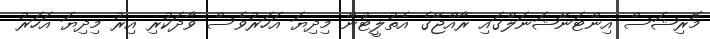
މޮރިޝަސް އިންޓަނޭޝަނަލްގައި ރާއްޖޭގެ އެތުލީޓުން މިދިޔަ އަހަރުވެސް ވާދަކުރި އިރު މިދިޔަ އަހަރު